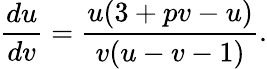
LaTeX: \frac{du}{dv}=\frac{u(3+pv-u)}{v(u-v-1)}.